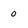
Character: 0